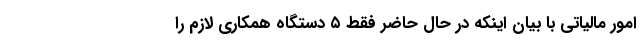
امور مالیاتی با بیان اینکه در حال حاضر فقط ۵ دستگاه همکاری لازم را